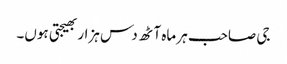
جی صاحب ہر ماہ آٹھ دس ہزار بھیجتی ہوں۔